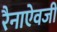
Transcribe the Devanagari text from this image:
रैनाऐवजी